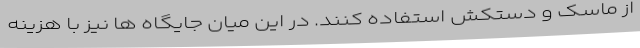
از ماسک و دستکش استفاده کنند. در این میان جایگاه ها نیز با هزینه